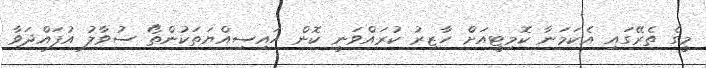
މީގެ ތެރޭގައި އެކަމަނާ ކޮމިޓީއަށް ހާޒިރު ކުރައްވަނީ ކޮން ހައިސިއްޔަތަކުންތޯ ސުވާލު އުފައްދަވާ